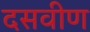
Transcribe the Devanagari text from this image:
दसवीण